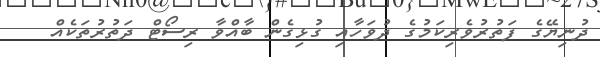
ދުނިޔޭގެ ފަތުރުވެރިކަމުގެ ދުވަހާއި ގުޅިގެން ބާއްވާ ރިސޯޓް ދަތުރުތަކެއް